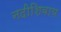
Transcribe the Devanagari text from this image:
नदीशिवाय